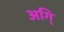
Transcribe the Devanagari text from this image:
अगि्